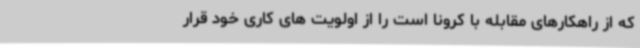
که از راهکارهای مقابله با کرونا است را از اولویت های کاری خود قرار